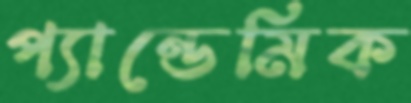
প্যান্ডেমিক